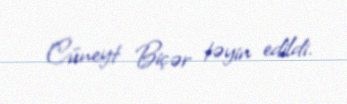
Cüneyt Biçər təyin edildi.